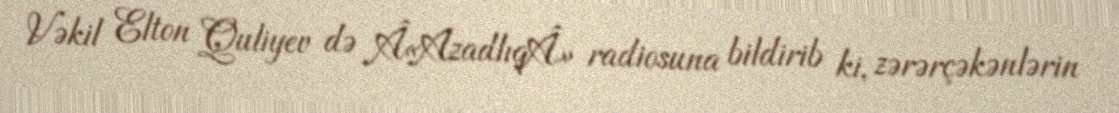
Vəkil Elton Quliyev də Â«AzadlıqÂ» radiosuna bildirib ki, zərərçəkənlərin